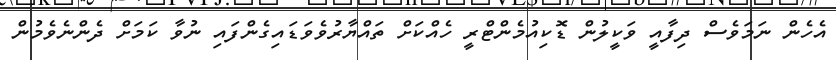
އެހެން ނަމަވެސް ދިފާއީ ވަކީލުން ޑޮކިއުމެންޓްރީ ހެއްކަށް ތައްޔާރުވެވަޑައިގެންފައި ނުވާ ކަމަށް ދެންނެވެމުން